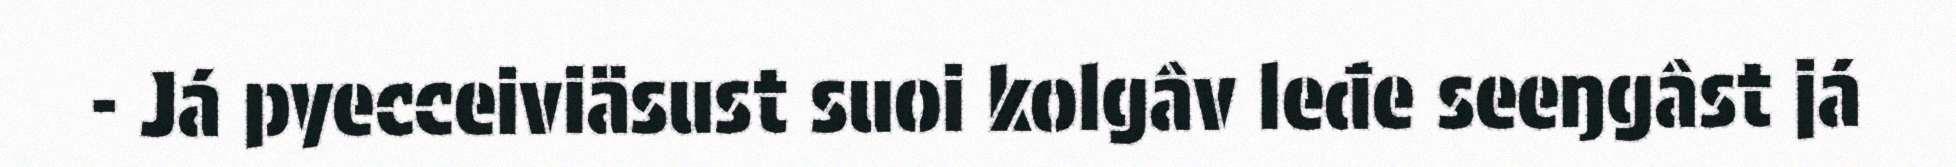
- Já pyecceiviäsust suoi kolgâv leđe seeŋgâst já